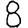
Digit: 8